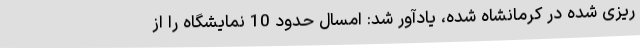
ریزی شده در کرمانشاه شده، یادآور شد: امسال حدود 10 نمایشگاه را از